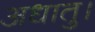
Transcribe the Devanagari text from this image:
अधातु।